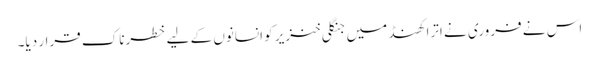
اس نے فروری نے اترا کھنڈ میں جنگلی خنزیر کو انسانوں کے لیے خطرناک قرار دیا۔